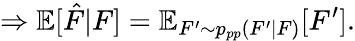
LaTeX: \Rightarrow\mathbb{E}[\hat{F}|F]=\mathbb{E}_{F^{\prime}\sim p_{pp}(F^{\prime}|F)}[F^{\prime}].